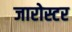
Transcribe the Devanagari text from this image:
जारोस्टर